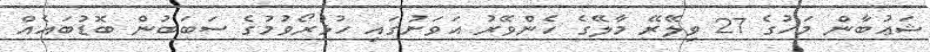
ޝަޢުބާން މަހުގެ 27 ވިލޭރޭ މާލޭގެ ހެންވޭރު އަވަށުގައި ހުޅުރޯވުމުގެ ސަބަބުން ބޮޑުބައެއް